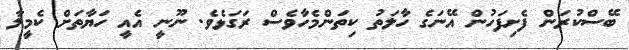
ބޭސްކުރަން ފެށިފަހުން އޭނަގެ ހާލަތު ކިތަންމެހާވެސް ރަގަޅެވެ. ނޫނީ އެއީ ހަޔާތަށް ކެމީލާ